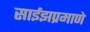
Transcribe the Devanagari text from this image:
साईझप्रमाणे